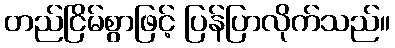
တည်ငြိမ်စွာဖြင့် ပြန်ပြာလိုက်သည်။